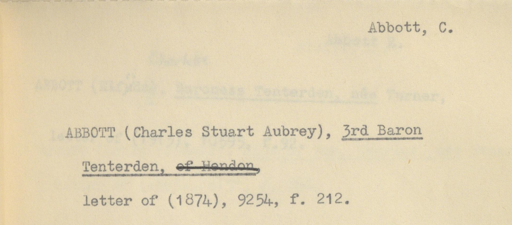
Label: content